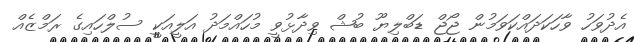
އެދުވަހު ވާހަކަދައްކަވަމުން ޖޯޖް ޑަބްލިޔޫ ބުޝް ވިދާޅުވީ މުހައްމަދު އަލީއަކީ ސުލްހައިގެ ރަމްޒެއް